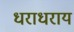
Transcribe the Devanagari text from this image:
धराधराय